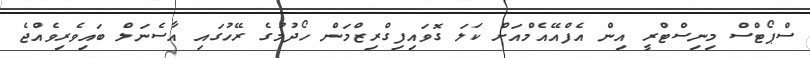
ސްޕޯޓްސް މިނިސްޓްރީ އިން އެފްއޭއެމްއަށް ކަލަ ގޮވައިފިގްރިޒްމަން ހޯދުމުގެ ރޭހުގައި އާސެނަލް ބައިވެރިވެއްޖެ